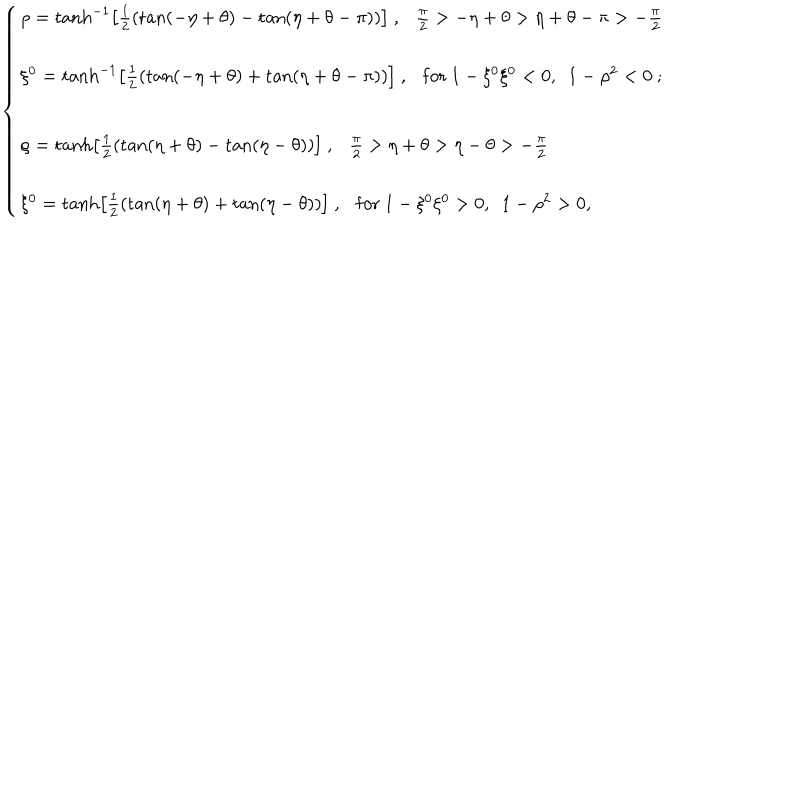
\left\{ \begin{array} { l } { { \rho = \tanh ^ { - 1 } \left[ \frac { 1 } { 2 } \left( \tan ( - \eta + \theta ) - \tan ( \eta + \theta - \pi ) \right) \right] ~ , \frac { \pi } { 2 } > - \eta + \theta > \eta + \theta - \pi > - \frac { \pi } { 2 } } } \\ { { \xi ^ { 0 } = \tanh ^ { - 1 } \left[ \frac { 1 } { 2 } \left( \tan ( - \eta + \theta ) + \tan ( \eta + \theta - \pi ) \right) \right] ~ , \mathrm { f o r } ~ 1 - \xi ^ { 0 } \xi ^ { 0 } < 0 , ~ ~ 1 - \rho ^ { 2 } < 0 ~ ; } } \\ { { \rho = \tanh \left[ \frac { 1 } { 2 } \left( \tan ( \eta + \theta ) - \tan ( \eta - \theta ) \right) \right] ~ , \frac { \pi } { 2 } > \eta + \theta > \eta - \theta > - \frac { \pi } { 2 } } } \\ { { \xi ^ { 0 } = \tanh \left[ \frac { 1 } { 2 } \left( \tan ( \eta + \theta ) + \tan ( \eta - \theta ) \right) \right] ~ , \mathrm { f o r } ~ 1 - \xi ^ { 0 } \xi ^ { 0 } > 0 , ~ ~ 1 - \rho ^ { 2 } > 0 , } } \\ \end{array} \right.